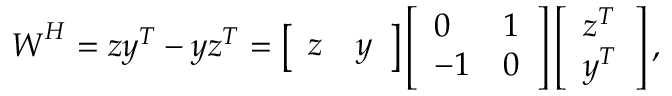
\boldsymbol { W } ^ { H } = \boldsymbol { z } \boldsymbol { y } ^ { T } - \boldsymbol { y } \boldsymbol { z } ^ { T } = \left[ \begin{array} { l l } { \boldsymbol { z } } & { \boldsymbol { y } } \end{array} \right] \left[ \begin{array} { l l } { 0 } & { 1 } \\ { - 1 } & { 0 } \end{array} \right] \left[ \begin{array} { l } { \boldsymbol { z } ^ { T } } \\ { \boldsymbol { y } ^ { T } } \end{array} \right] ,